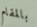
بالمقام